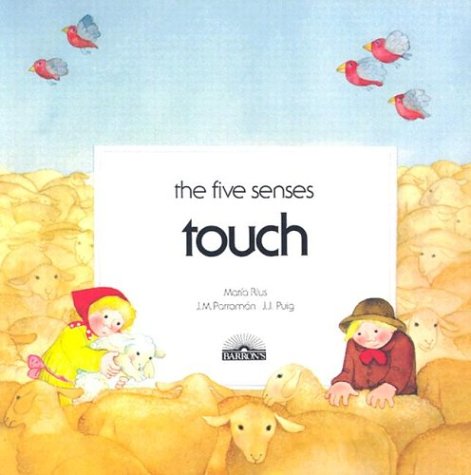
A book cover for Touch (Five Senses Series); Maria Rius; Children's Books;